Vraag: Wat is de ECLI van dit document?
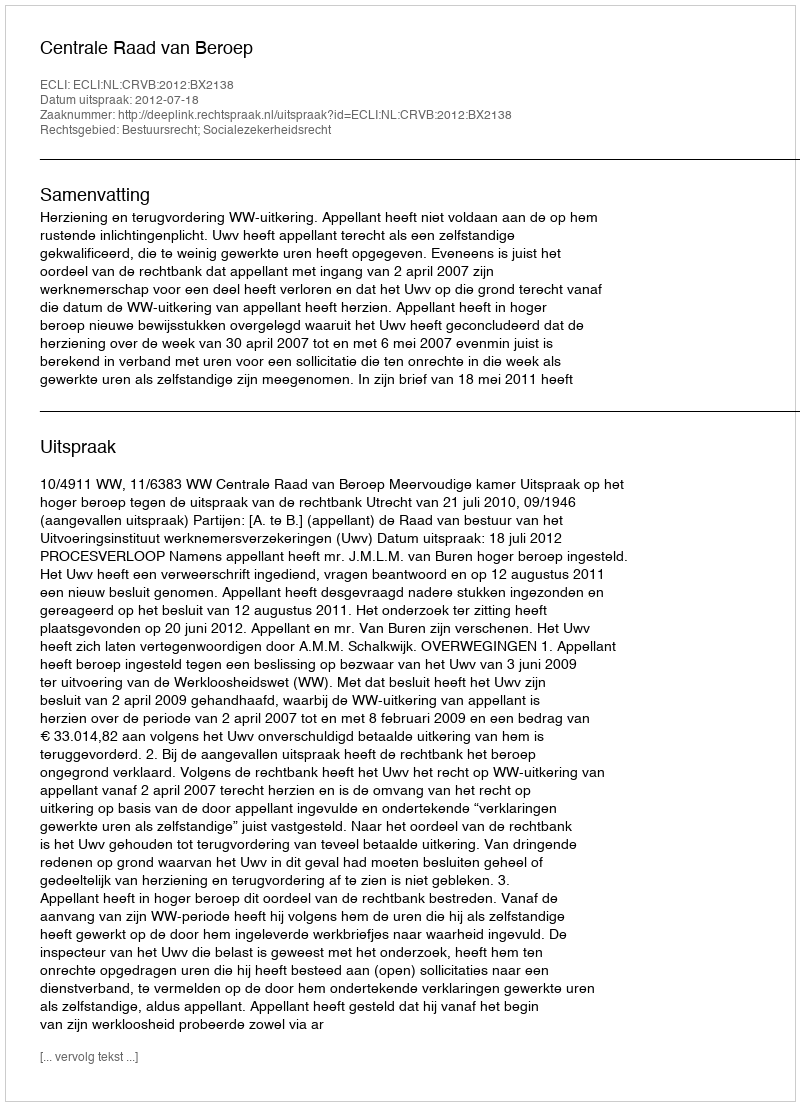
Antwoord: ECLI:NL:CRVB:2012:BX2138